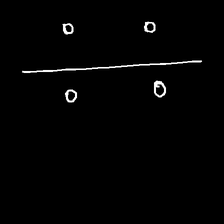
Glyph: cool